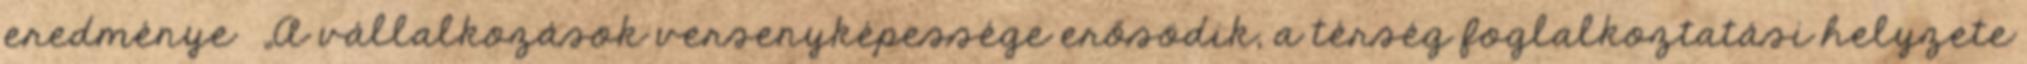
eredménye ▪„A vállalkozások versenyképessége erősödik, a térség foglalkoztatási helyzete